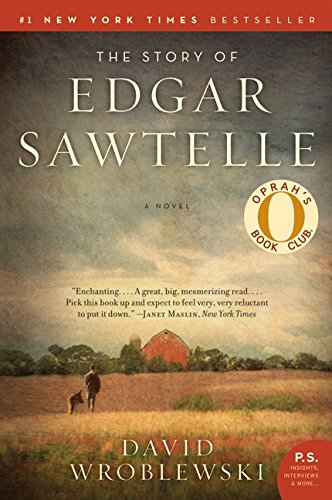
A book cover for The Story of Edgar Sawtelle: A Novel (P.S.); David Wroblewski; Literature & Fiction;